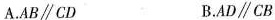
A.AB\parallel CD B.AD\parallel CB